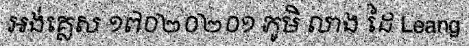
អង់គ្លេស ១៧០២០២០១ ភូមិ លាង ដៃ Leang